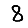
Digit: 8